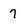
Character: 7